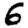
Digit: 6